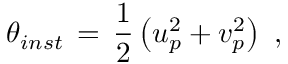
\theta _ { i n s t } \, = \, \frac { 1 } { 2 } \left( u _ { p } ^ { 2 } + v _ { p } ^ { 2 } \right) \, \, ,